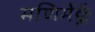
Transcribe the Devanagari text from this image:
मणिमेक्लै